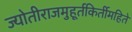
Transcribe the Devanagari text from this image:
ज्योतीराजमुहूर्तकिर्तीमहिते